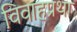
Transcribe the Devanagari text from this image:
विवाहप्रथा